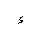
Letter: _hamza